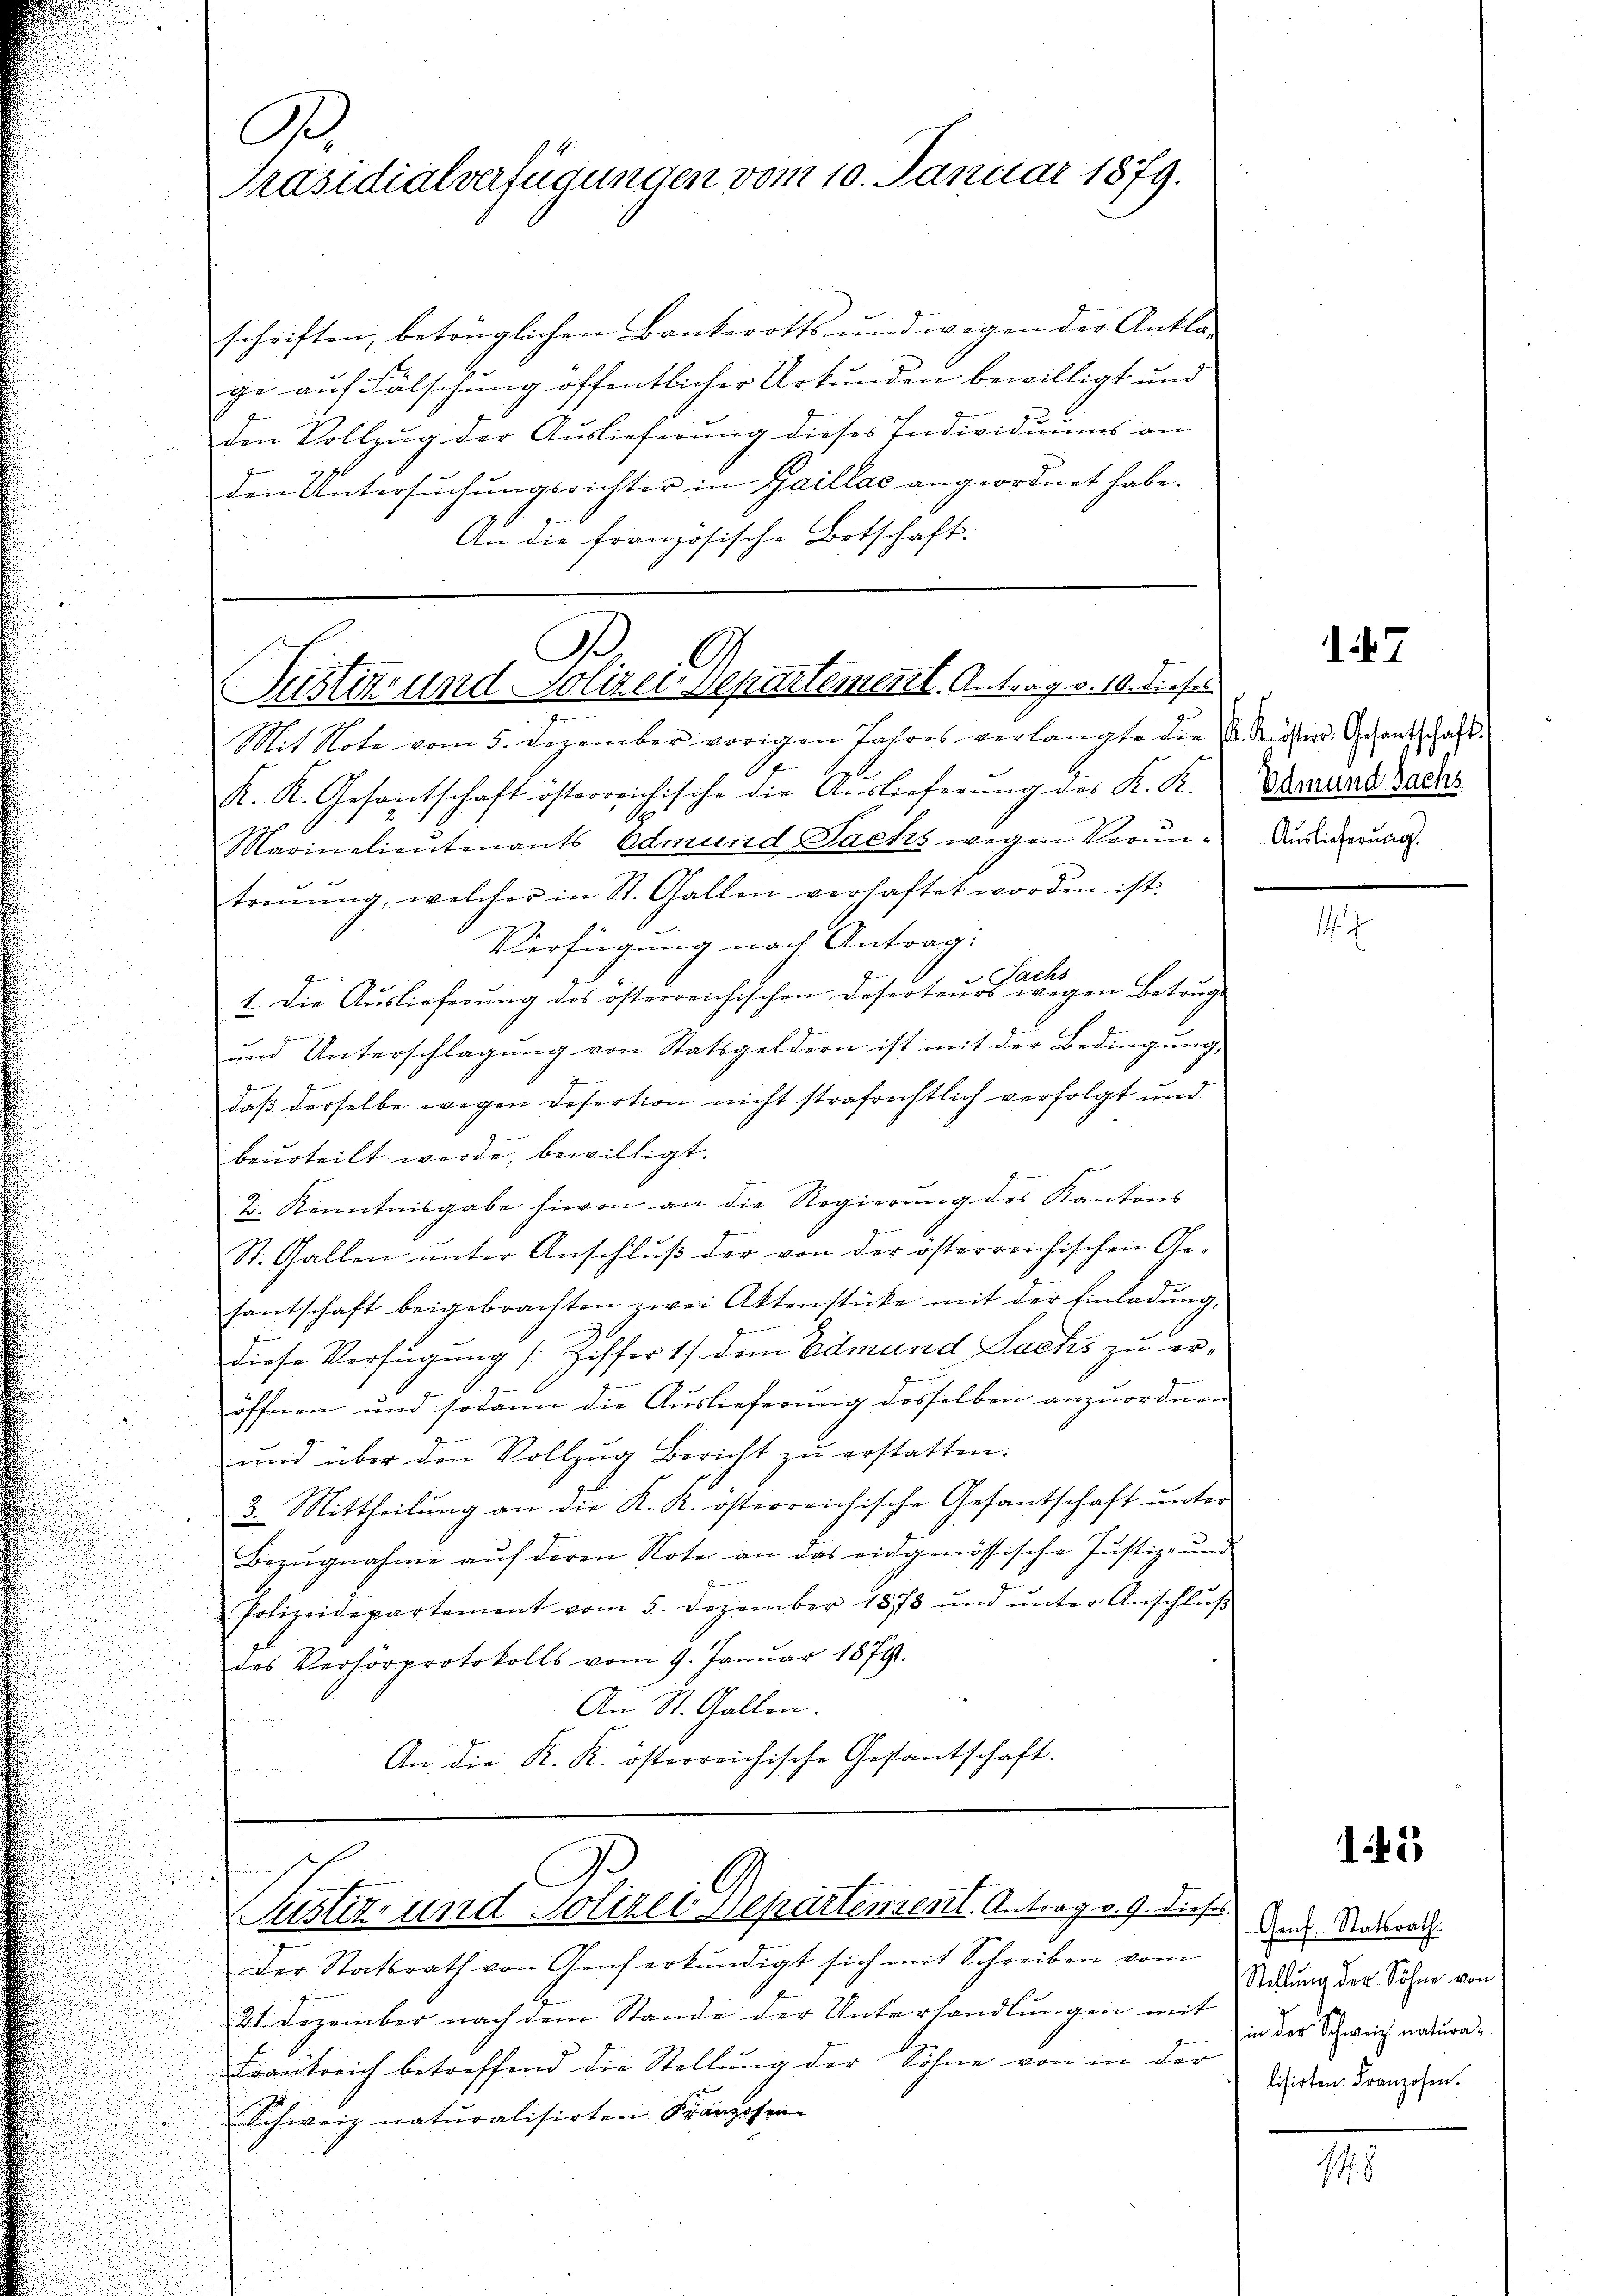
e
Präsidialverfügungen vom 10. Januar 1879.

schriften, betrüglichen Bankerotts und wegen der Ankla-
ge auf Fälschung öffentlicher Urkunden bewilligt und
den Vollzug der Auslieferung dieses Individuums an
den Untersŭchŭngsrichter in Gaillac angeordnet habe.
An die französische Ortschaft:

A
Pustiz und Polizei Departement. Antrag v. 10. diese

Der Statsrath von Genf erkundigt sich mit Schreiben vom
21. Dezember nach dem Stande der Unterhandlungen mit
Frankreich betreffend die Stellŭng der Sohne von in der
Schweiz naturalisirten Franzosen

Pustiz- und Polizei Departement. Antrag v. J. dies doch Stadtrat.

Mit Note vom 5. Dezember vorigen Jahres verlangte die Röster. Schankschaft.
.
K. K. Gesantschaft österreichische die Auslieferung des K. K. Mariat Badas
Marinelieutenants Edmund Sachs wegen Veruntrenŭng, welcher in St. Gallen verhaftet worden ist.
Verfügung nach Antrag:
Sachs
1. Die Auslieferung des österreichischen Deserteurs wegen Betrug.

ŭnd Unterschlagung von Statsgeldern ist mit der Bedingŭng,
2
daß derselbe wegen Refertion nicht strafrechtlich verfolgt und
beurteilt werde, bewilligt.
2. Kenntnisgabe hievon an die Regierung des Kantons
St. Gallen ŭnter Anschlŭβ der von der österreichischen Ge-
santschaft beigebrachten zwei Aktenstücke mit der Einladung,
G
Diese Verfügung /: Ziffer 17 dem Edmund Lacks zu ere
öffnen und sodann die Auslieferung desselben anzuordnen
ŭnd über den Vollzŭg Bericht zŭ erstatten.
3. Mittheilung an die K. K. österreichische Gesantschaft unter-
Bezŭgnahme auf deren Note an das eidgenössische Justiz- und
Polizeidepartement vom 5. Dezember 1878 ŭnd ŭnter Anschlŭβ
des Verhörprotokolls vom 9. Januar 1879.
An St. Gallen.
An die K. K. österreichische Gestantschaft.
u

147

Auslieferung.

s

145

Stellung der Söhne von
in der Schweiz naturalisirten Franzosen.

18